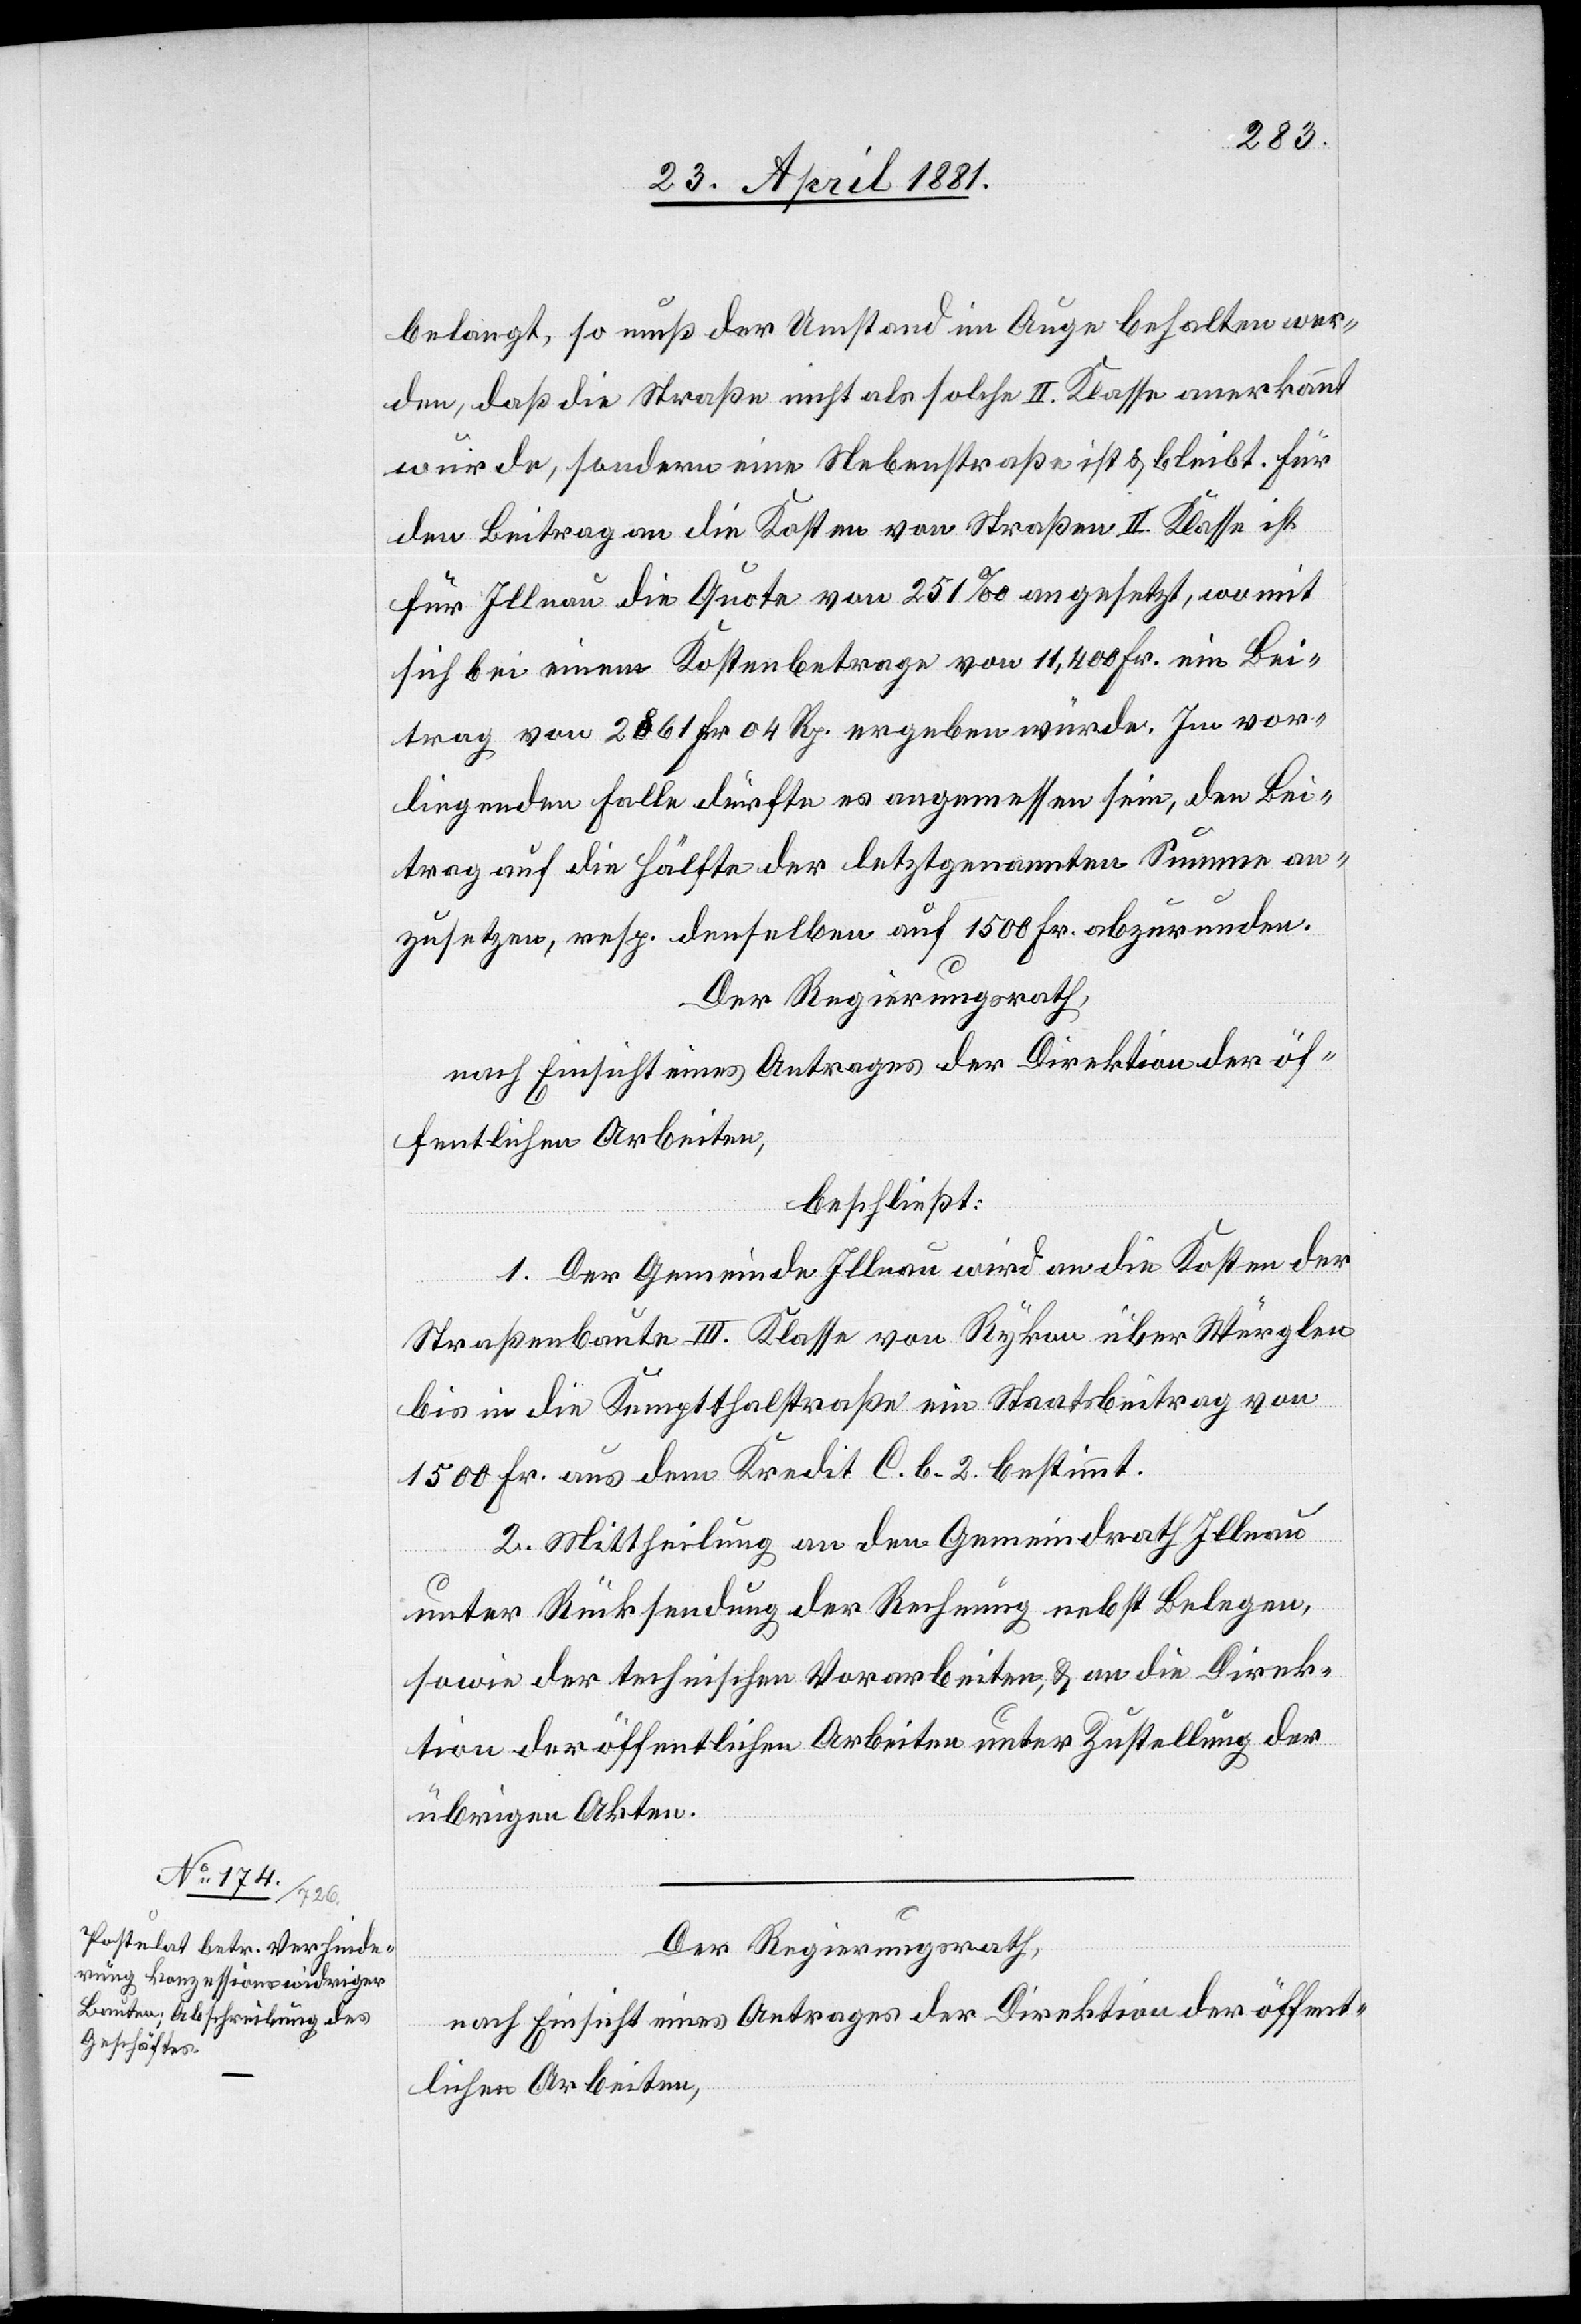
belangt, so muß der Umstand im Auge behalten wer¬
den, daß die Straße nicht als solche II. Klasse anerkannt
wurde, sondern eine Nebenstraße ist & bleibt. Für
den Beitrag an die Kosten von Straßen II. Klasse ist
für Illnau die Quote von 251‰ angesetzt, womit
sich bei einem Kostenbetrage von 11,400 Fr. ein Bei¬
trag von 2861 Fr. 04 Rp. ergeben würde. Im vor¬
liegenden Falle dürfte es angemessen sein, den Bei¬
trag auf die Hälfte der letztgenannten Summe an¬
zusetzen, resp. denselben auf 1500 Fr. abzurunden.
Der Regierungsrath,
nach Einsicht eines Antrages der Direktion öf¬
fentlichen Arbeiten,
beschließt:
1. Der Gemeinde Illnau wird an die Kosten der
Straßenbaute III. Klasse von Rykon über Würglen
bis in die Kemptthalstraße ein Staatsbeitrag von
1500 Fr. aus dem Kredit C. b. 2. bestimmt.
2. Mittheilung an den Gemeindrath Illnau
unter Rücksendung der Rechnung nebst Belegen,
sowie der technischen Vorarbeiten, & an die Direk¬
tion der öffentlichen Arbeiten unter Zustellung der
übrigen Akten.
Der Regierungsrath,